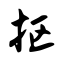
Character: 抠